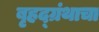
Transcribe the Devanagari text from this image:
बृहद्‌ग्रंथाचा